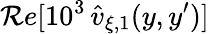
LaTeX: \mathcal{R}e[10^{3}\, \widehat{v}_{\xi,1}(y,y^{\prime})]